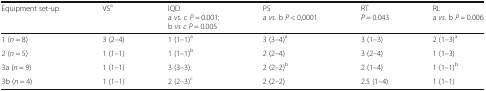
<table><thead><tr><td><b>Equipment set-up</b></td><td><b>VS<sup>a</sup></b></td><td><b>IQDa <i>vs.</i> c <i>P =</i> 0.001;b <i>vs c P</i> = 0.005</b></td><td><b>PSa <i>vs.</i> b <i>P</i> &lt; 0,0001</b></td><td><b>RT<i>P</i> = 0.043</b></td><td><b>RLa <i>vs.</i> b <i>P =</i> 0.006</b></td></tr></thead><tbody><tr><td>1 (<i>n</i> = 8)</td><td>3 (2–4)</td><td>1 (1–1)<sup>a</sup></td><td>3 (3–4)<sup>a</sup></td><td>3 (1–3)</td><td>2 (1–3)<sup>a</sup></td></tr><tr><td>2 (<i>n</i> = 5)</td><td>1 (1–1)</td><td>1 (1–1)<sup>b</sup></td><td>2 (2–4)</td><td>3 (2–4)</td><td>1 (1–3)</td></tr><tr><td>3a (<i>n</i> = 9)</td><td>1 (1–1)</td><td>3 (3–3)</td><td>2 (2–2)<sup>b</sup></td><td>2 (1–4)</td><td>1 (1–1)<sup>b</sup></td></tr><tr><td>3b (<i>n</i> = 4)</td><td>1 (1–1)</td><td>2 (2–3)<sup>c</sup></td><td>2 (2–2)</td><td>2.5 (1–4)</td><td>1 (1–1)</td></tr></tbody></table>